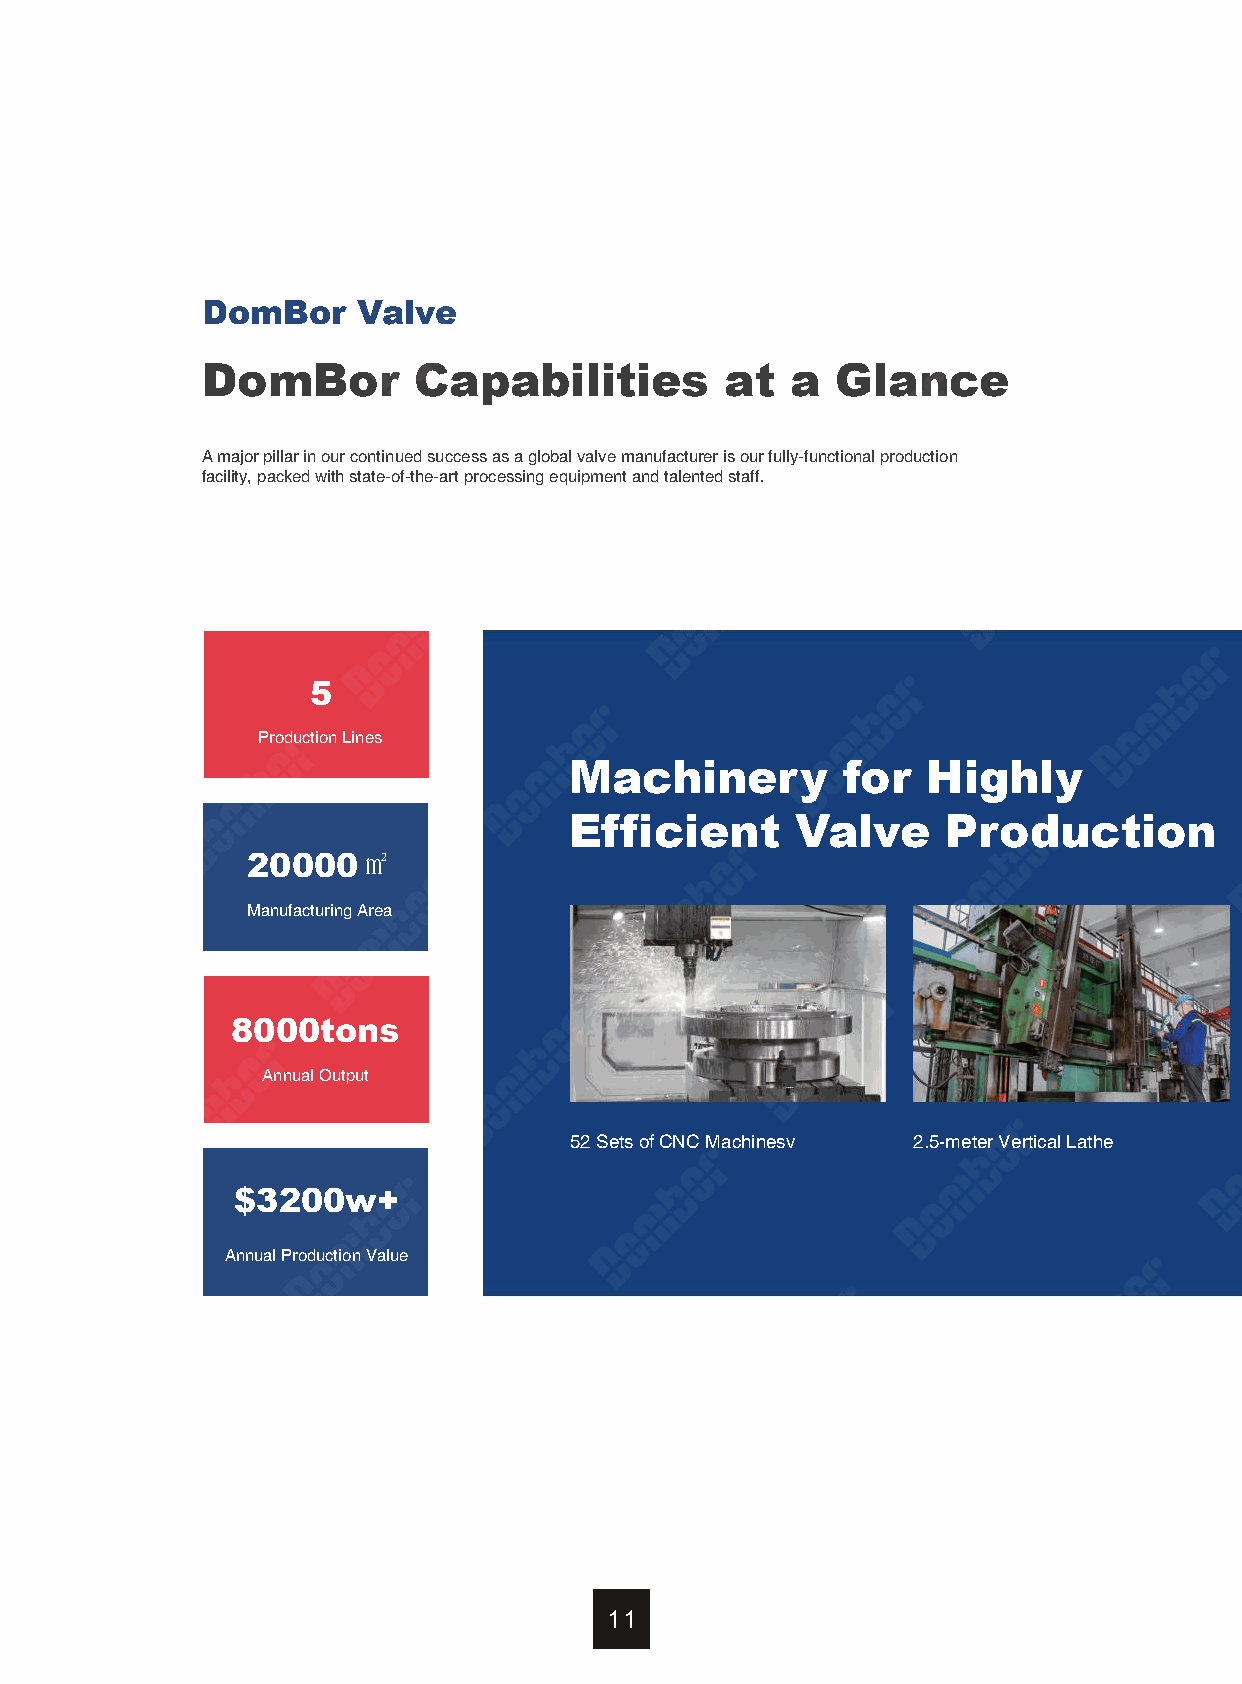
DomBor     Valve
 DomBor        Capabilities         at  a  Glance
 A major pillar in our continued success as a global valve manufacturer is our fully-functional production
 facility, packed with state-of-the-art processing equipment and talented staff.
 5
 Production Lines
 Machinery         for  Highly
 Efficient      Valve     Production
 20000㎡
 Manufacturing Area
 8000tons
 Annual Output
 52 Sets of CNC Machinesv 2.5-meter Vertical Lathe
 $3200w+
 Annual Production Value
 11